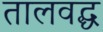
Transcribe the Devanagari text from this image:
तालवद्ध